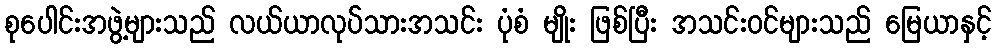
စုပေါင်းအဖွဲ့များသည် လယ်ယာလုပ်သားအသင်း ပုံစံ မျိုး ဖြစ်ပြီး အသင်းဝင်များသည် မြေယာနှင့်